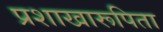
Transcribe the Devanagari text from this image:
प्रशाखारूपिता